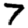
Digit: 7